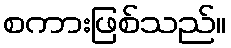
စကားဖြစ်သည်။